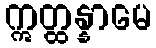
ဣတ္ထန္နာမေ